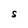
Character: S